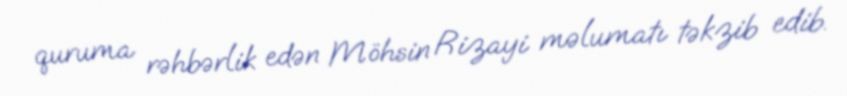
quruma rəhbərlik edən Möhsin Rizayi məlumatı təkzib edib.